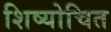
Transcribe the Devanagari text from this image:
शिष्योचित